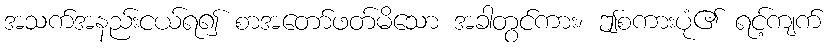
အသက်အနည်းငယ်ရ၍ စာအတော်ဖတ်မိသော အခါတွင်ကား၊ ဤစကားပုံ၏ ရင့်ကျက်